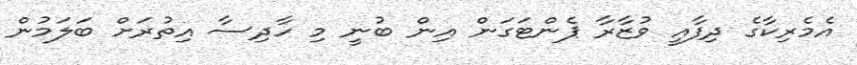
އެމެރިކާގެ ދިފާއީ ވުޒާރާ ޕެންޓަގަން އިން ބުނީ މި ހާދިސާ އިތުރަށް ބަލަމުން